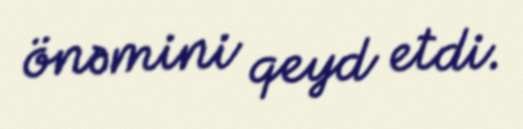
önəmini qeyd etdi.